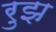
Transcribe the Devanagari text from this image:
रुझ